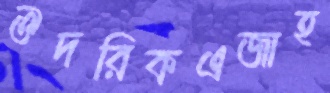
ঔদরিকএজাহ